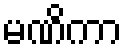
မဏိကာ